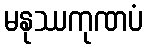
မနုဿကုဏပံ